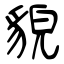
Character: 貌